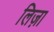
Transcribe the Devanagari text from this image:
लिज़ा